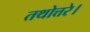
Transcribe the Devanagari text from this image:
तथोत्तरे।